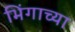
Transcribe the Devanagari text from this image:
भिंगाच्या